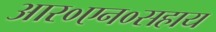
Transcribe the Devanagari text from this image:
आर०एन०सहाय